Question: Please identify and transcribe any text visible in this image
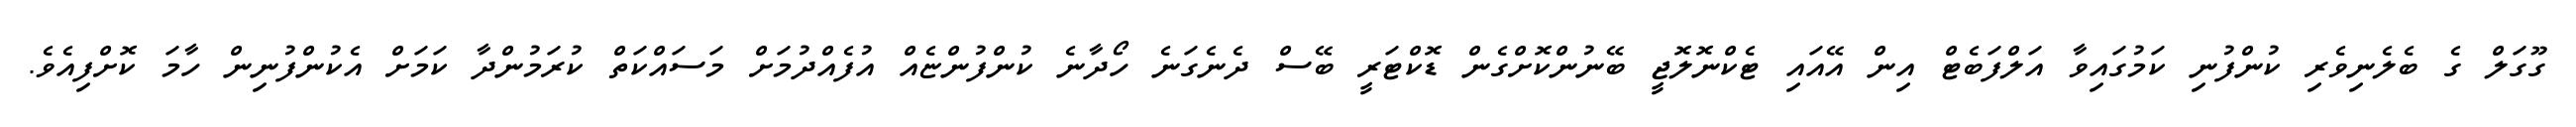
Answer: ގޫގަލް ގެ ބެލެނިވެރި ކުންފުނި ކަމުގައިވާ އަލްފަބެޓް އިން އޭއައި ޓެކްނޮލޮޖީ ބޭނުންކޮށްގެން ޑޮކްޓަރީ ބޭސް ދެނެގަނެ ހޯދާނެ ކުންފުންޏެއް އުފެއްދުމަށް މަސައްކަތް ކުރަމުންދާ ކަމަށް އެކުންފުނިން ހާމަ ކޮށްފިއެވެ.